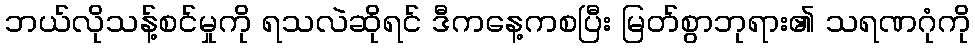
ဘယ်လိုသန့်စင်မှုကို ရသလဲဆိုရင် ဒီကနေ့ကစပြီး မြတ်စွာဘုရား၏ သရဏဂုံကို